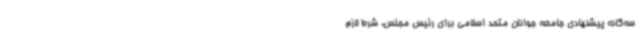
سه‌گانه پیشنهادی جامعه جوانان متحد اسلامی برای رئیس مجلس، شرط لازم